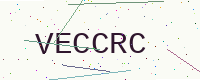
Text: VECCRC